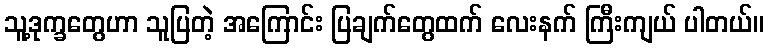
သူ့ဒုက္ခတွေဟာ သူပြတဲ့ အကြောင်း ပြချက်တွေထက် လေးနက် ကြီးကျယ် ပါတယ်။